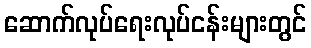
ဆောက်လုပ်ရေးလုပ်ငန်းများတွင်